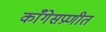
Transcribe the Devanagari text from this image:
काँगेसप्रणीत